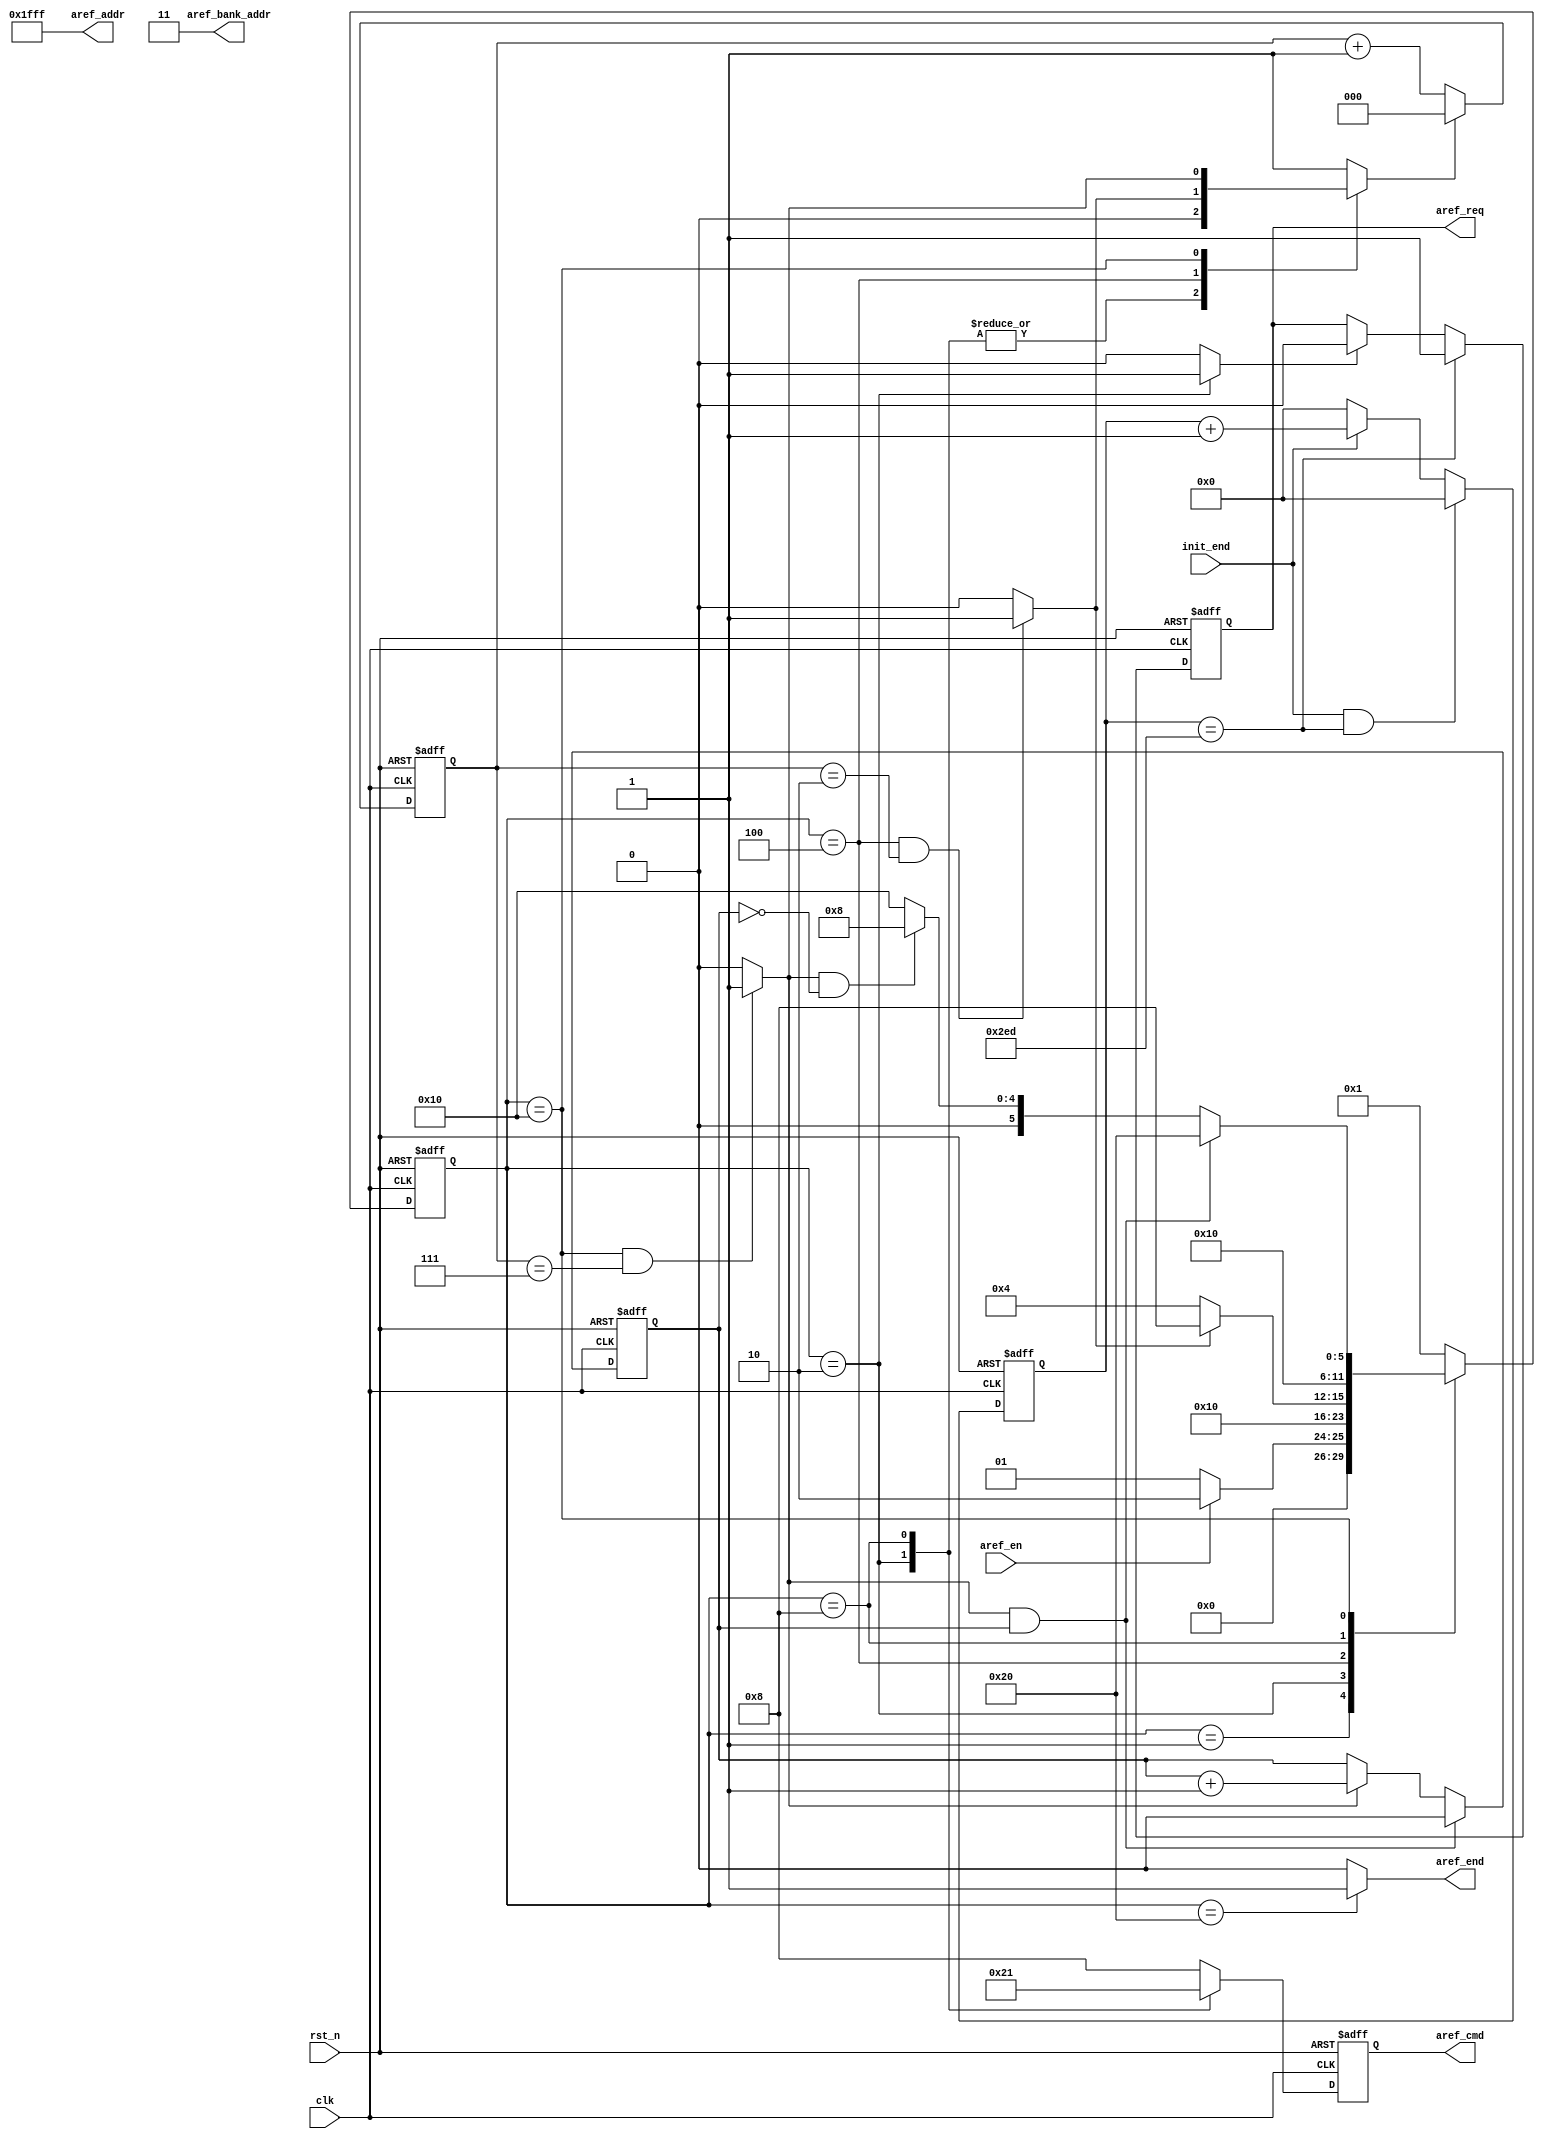
`timescale 1ns / 1ps
//////////////////////////////////////////////////////////////////////////////////
// Module Name: sdram_auto_ref
// Description: SDRAM
//////////////////////////////////////////////////////////////////////////////////


module sdram_auto_ref(
        input   wire        clk             ,
        input   wire        rst_n           ,
        input   wire        init_end        ,   //
        input   wire        aref_en         ,   //
                    
        output  reg         aref_req        ,   //
        output  reg [3:0]   aref_cmd        ,   //
        output  wire[12:0]  aref_addr       ,   //
        output  wire[1:0]   aref_bank_addr  ,   //bank 
        output  wire        aref_end            //
    );
    
    //
    parameter   IDLE        =   6'b000001,
                PRE_CHARG   =   6'b000010,
                WAIT_TRP    =   6'b000100,
                AUTO_REF    =   6'b001000,
                WAIT_TRFC   =   6'b010000,
                AREF_END    =   6'b100000;
                
    //
    parameter   TPR         =   3'd2            ,
                TRFC        =   3'd7            ,
                TREFM       =   10'd749         ; //
                //64ms8192,7812.5ns, 100M, 781.25
                
    //
    parameter   NOP_CMD       = 4'b1000,
                PRE_CHARG_CMD = 4'b0010,
                AUTO_REF_CMD  = 4'b0001;
    
    //
    reg [5:0]   next_state  ;
    reg [5:0]   state       ;
    reg [9:0]   cnt_ref     ;   //
    wire        aref_ack    ;   //,,
    reg [2:0]   cnt_clk     ;   //,Trp\TRFC
    reg         cnt_clk_res ;   //cnt_clk,
    wire        trp_end     ;   //Trp
    wire        trfc_end    ;
    reg         cnt_aref    ;   //AUTO_REF
    
    //cnt_ref
    always@(posedge clk or negedge rst_n) begin
        if(!rst_n) begin
            cnt_ref <= 10'd0;
        end else if(init_end && cnt_ref == TREFM) begin
            cnt_ref <= 10'd0;
        end else if(init_end) begin
            cnt_ref <= cnt_ref + 10'd1;
        end else begin
            cnt_ref <= 10'd0;
        end
    end
    
    //aref_ack
    //,
    assign aref_ack = (state == PRE_CHARG)?1'b1:1'b0;
    
    
    //aref_req
    always@(posedge clk or negedge rst_n) begin
        if(!rst_n) begin
            aref_req <= 1'b0;
        end else if(cnt_ref == TREFM) begin  //
            aref_req <= 1'b1;
        end else if(aref_ack) begin  //,
            aref_req <= 1'b0;
        end else begin
            aref_req <= aref_req;
        end
    end
    
    
    //cnt_clk
    always@(posedge clk or negedge rst_n) begin
        if(!rst_n) begin
            cnt_clk <= 3'd0;
        end else if(cnt_clk_res) begin
            cnt_clk <= 3'd0;
        end else begin
            cnt_clk <= cnt_clk + 3'd1;
        end
    end
    
    //
    assign trp_end  = (state == WAIT_TRP && cnt_clk == TPR)?1'b1:1'b0;
    assign trfc_end = (state == WAIT_TRFC && cnt_clk == TRFC)?1'b1:1'b0;
    
    //
    always@(posedge clk or negedge rst_n) begin
        if(!rst_n) begin
            state <= IDLE;
        end else begin
            state <= next_state;
        end
    end
    
    //
    always@(*) begin
        case(state) 
            IDLE: begin
                if(aref_en) begin
                    next_state = PRE_CHARG;
                end else begin
                    next_state = IDLE;
                end
            end
            
            PRE_CHARG: begin
                next_state = WAIT_TRP;
            end
            
            WAIT_TRP: begin
                if(trp_end) begin
                    next_state = AUTO_REF;
                end else begin
                    next_state = WAIT_TRP;
                end
            end
            
            AUTO_REF: begin
                next_state = WAIT_TRFC;
            end
            
            WAIT_TRFC: begin
                if(trfc_end && cnt_aref == 1'b1) begin
                //Trfc,,,
                    next_state = AREF_END;
                end else if(trfc_end && cnt_aref == 1'b0) begin
                //
                    next_state = AUTO_REF;
                end else begin
                    next_state = WAIT_TRFC;
                end
            end
            
            AREF_END: begin
                next_state = IDLE;
            end
            
            default: begin
                next_state = IDLE;
            end
        endcase
    end
    
    //cnt_clk_res
    always@(*) begin
        case(state) 
            IDLE, AREF_END: begin
                cnt_clk_res = 1'b1;
            end 
            
            PRE_CHARG, AUTO_REF: begin
                cnt_clk_res = 1'b0;
            end
            
            WAIT_TRP: begin
                cnt_clk_res = trp_end;
            end
            
            WAIT_TRFC: begin
                cnt_clk_res = trfc_end;
            end
            
            default: begin
                cnt_clk_res = 1'b1;
            end
        endcase
    end
    
    //cnt_aref
    always@(posedge clk or negedge rst_n) begin
        if(!rst_n) begin
            cnt_aref <= 1'b0;
        end else if(trfc_end && cnt_aref == 1'b1) begin
            cnt_aref <= 1'b0;
        end else if(trfc_end) begin
            cnt_aref <= cnt_aref + 1'b1;
        end else begin
            cnt_aref <= cnt_aref;
        end
    end
    
    //aref_cmd
    always@(posedge clk or negedge rst_n) begin
        if(!rst_n) begin
            aref_cmd <= NOP_CMD;
        end else case(state)
            PRE_CHARG: begin
                aref_cmd <= PRE_CHARG_CMD;
            end
            
            AUTO_REF: begin
                aref_cmd <= AUTO_REF_CMD;
            end 
            
            default: begin
                aref_cmd <= NOP_CMD;
            end
        endcase
    end
    
    //,aref_addr[10],bank
    assign aref_addr        = 13'h1fff;
    assign aref_bank_addr   = 2'b11;
    
    //aref_end
    assign aref_end = (state == AREF_END)?1'b1:1'b0;
    
                
endmodule